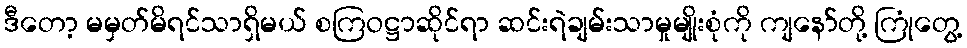
ဒီတော့ မမှတ်မိရင်သာရှိမယ် စကြဝဋ္ဌာဆိုင်ရာ ဆင်းရဲချမ်းသာမှုမျိုးစုံကို ကျနော်တို့ ကြုံတွေ့